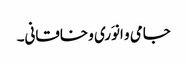
جامی و انوَری و خاقانی۔